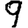
Digit: 9